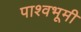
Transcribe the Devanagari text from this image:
पाश्वभूमी